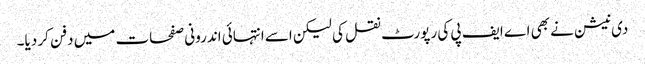
دی نیشن نے بھی اے ایف پی کی رپورٹ نقل کی لیکن اسے انتہائی اندرونی صفحات میں دفن کر دیا۔